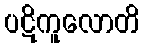
ပဋိကူလောတိ